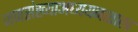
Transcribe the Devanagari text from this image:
जनसंख्याअध्ययनशास्त्र